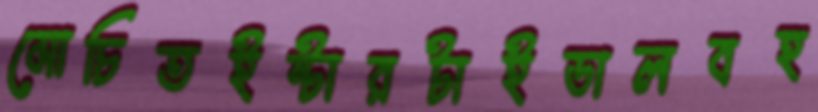
মোচিতইন্টারটাইডালবহ